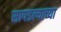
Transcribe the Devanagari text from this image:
सापडल्याच्या